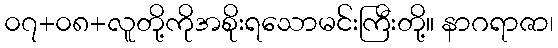
၀၇+၀၈+လူတို့ကိုအစိုးရသောမင်းကြီးတို့။ နာဂရာဇာ၊